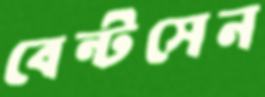
বেন্টসেন